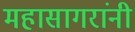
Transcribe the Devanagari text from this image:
महासागरांनी